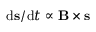
\mathrm { d } { \bf s } / \mathrm { d } t \propto { \bf B } \times { \bf s }